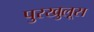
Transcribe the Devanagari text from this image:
पुरखुलूस